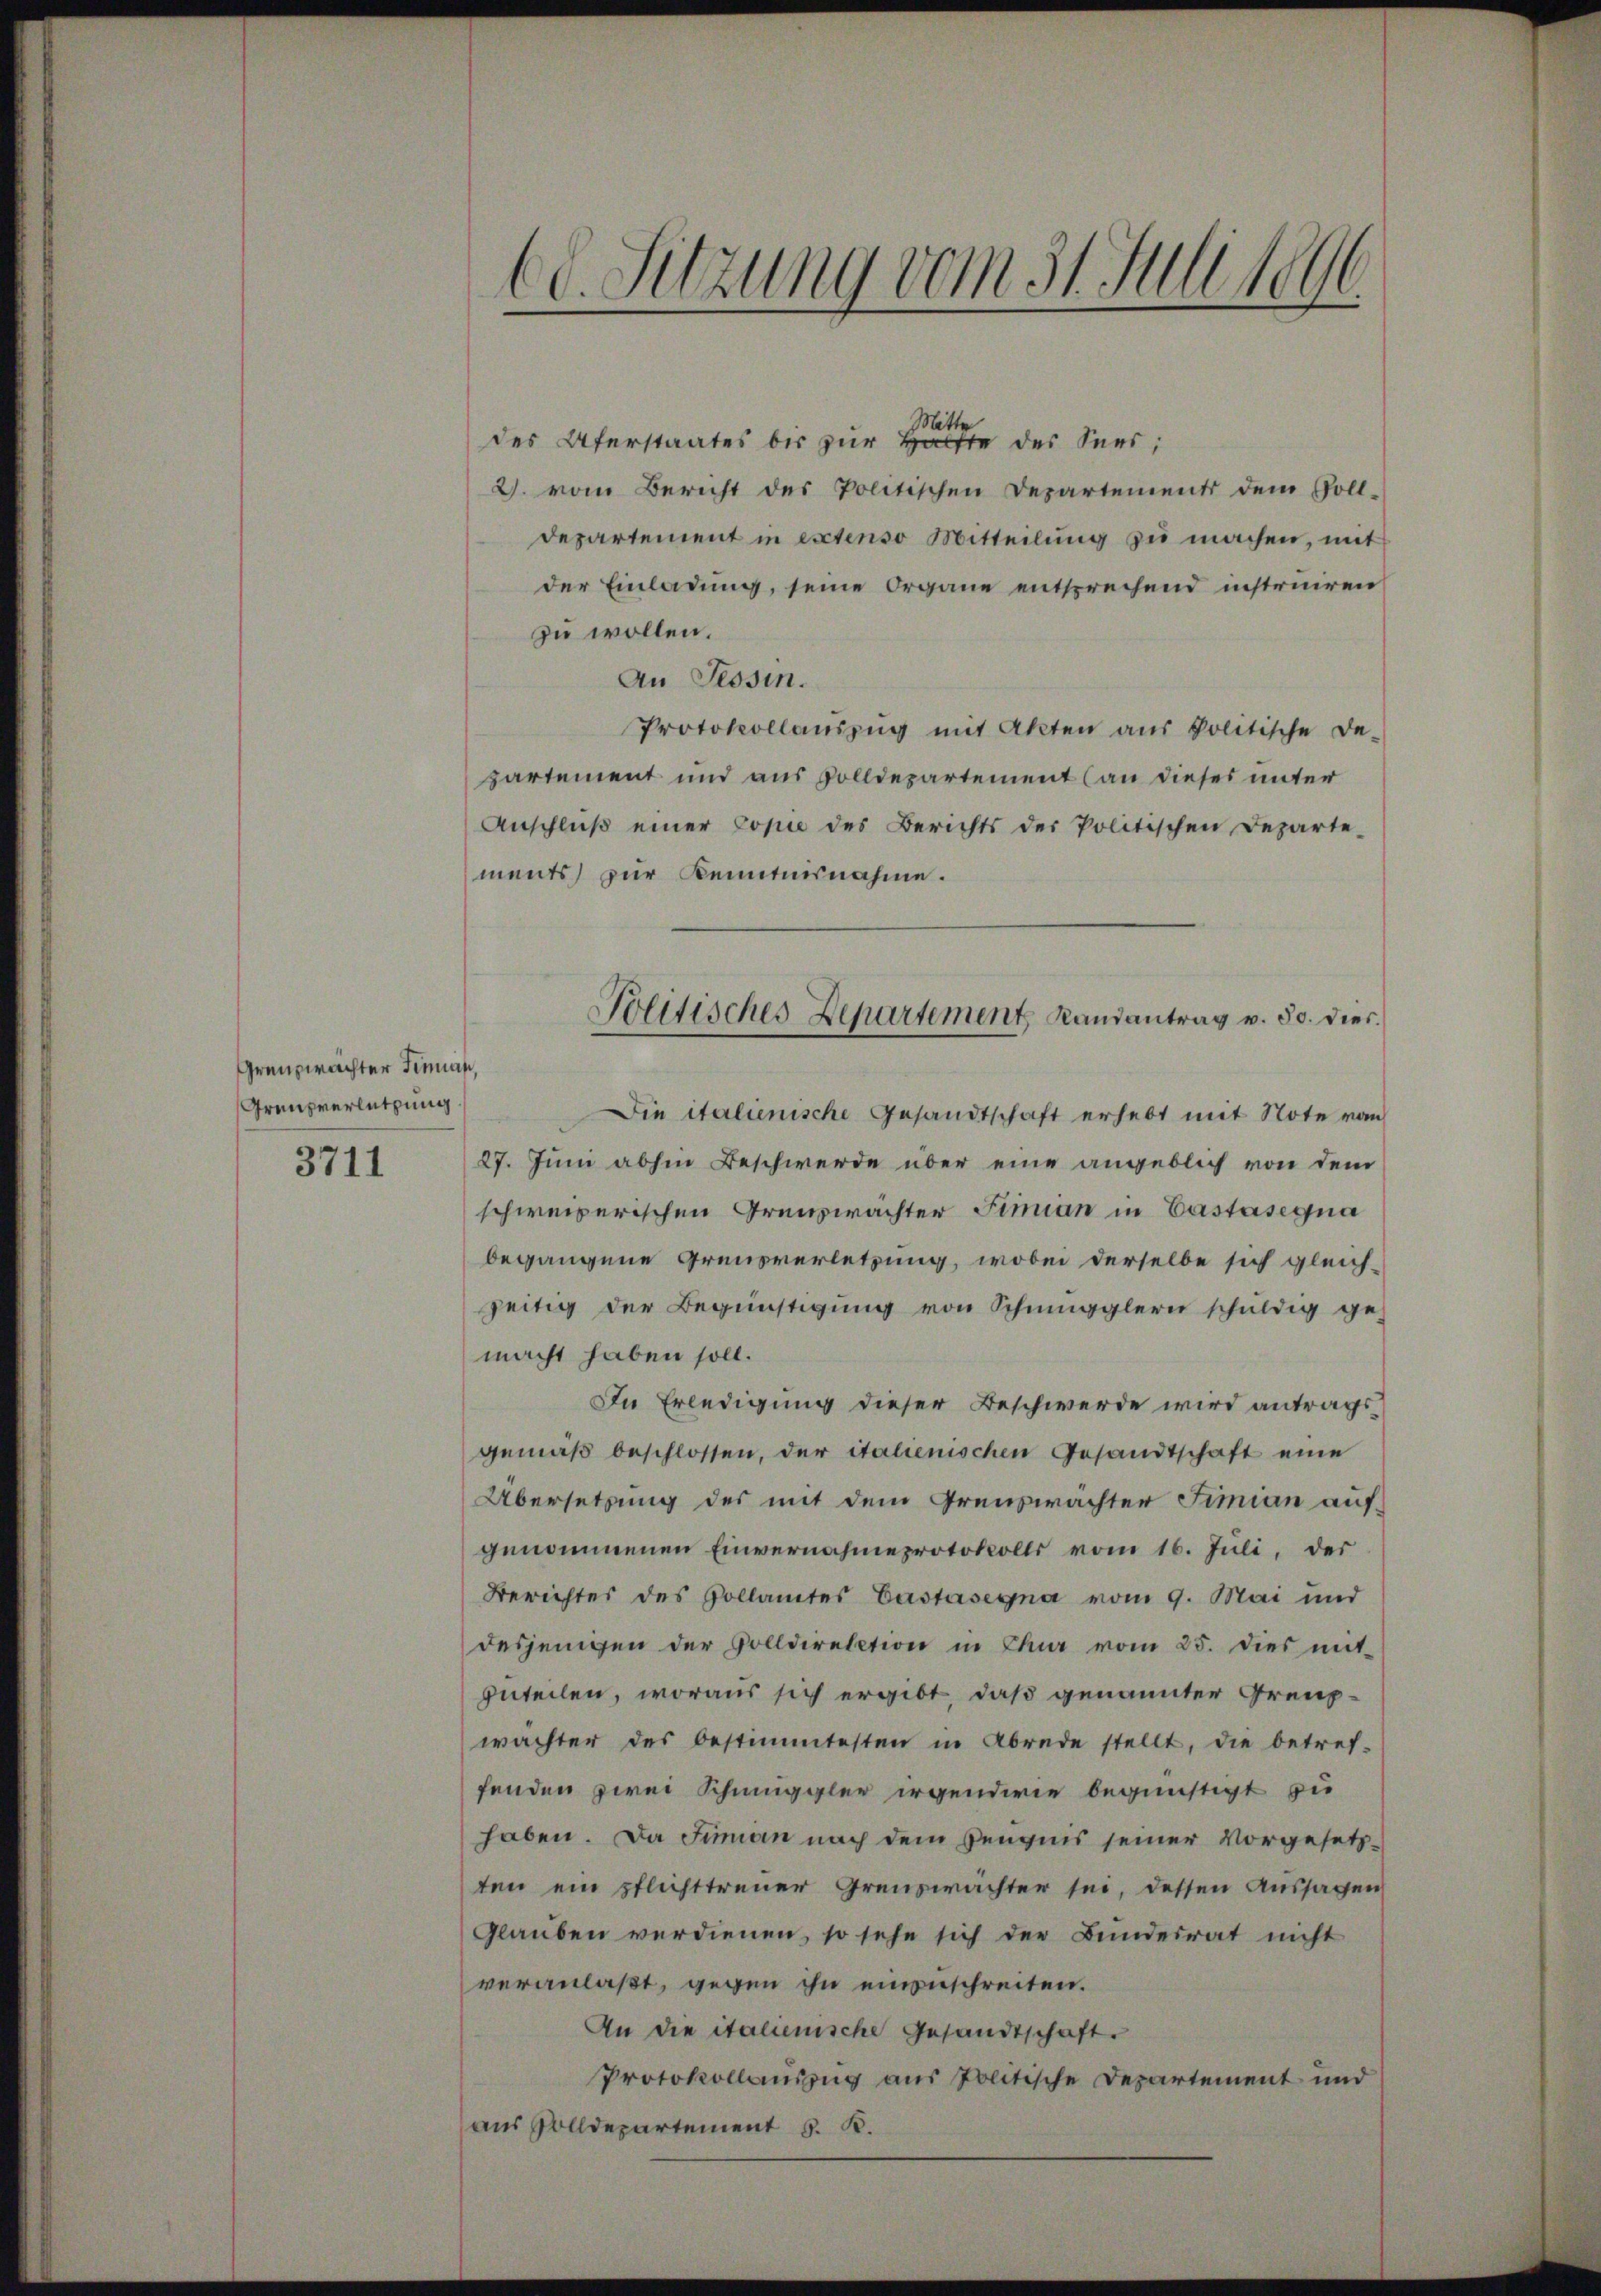
Grenzwachter Finnah
Grenzverletzung.
3711

Mitte
des Uferstaates bis zur Hälfte des Sees,
2. vom Bericht des Politischen Departements dem Goll-
departement in extenso Mitteilŭng zŭ machen, mit
der Einladung, seine Organe entsprechend instruiren
zu wollen.
An Tessin.
Protokollauszug mit Akten aŭs Politische De-
partement und aus volldepartement (an dieses unter
Anschlŭβ einer Copie des Berichts der Politischen Departe-
ments zur Kenntnisnahme.
Die italienische Gesandtschaft erhebt mit Note von
27. Juni abhin Beschwerde über eine angeblich von dem
schweizerischen Grenzwachter Finian in Castasegna
begangene Grensverletzung, wobei derselbe sich gleich-
zeitig der Begünstigŭng von Schmugglern schŭldig ge-
macht haben soll.
In Erledigung dieser Beschwerde wird antrags
gemäß beschlossen, der italienischen Gesandtschaft eine
Übersetzung des mit dem Grenzwachter Fimian auf
genommenen Einvernahmeprotokolls vom 16. Juli, der
Berichtes des Gollamtes Castasegna vom 9. Mai und
desjenigen der Volldirektion in Chur vom 25. dies mit
geteilen, woraus sich ergibt, daß genannter Greupwächter des bestimmtesten in Abrede stellt, die betref-
fenden zwei Schmuggler irgendwie begünstigt zu
haben. Da Fimian nach dem Zeugnis seiner Vorgesetzten ein pflichttreuer Greuswächter sei, dessen Aussagen
Glauben verdienen, so sehe sich der Bundesrat nicht
veranlaßt, gegen ihn einzuschreiten.
An die italienische Gesandtschaft.
Protokollauszug aus Politische Departement und
aus Rolldepartement 5. R.

(d. Sitzung vom 31. Juli 1896

Politisches Departement Randantrag v. 30. dies